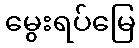
မွေးရပ်မြေ